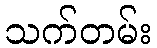
သက်တမ်း